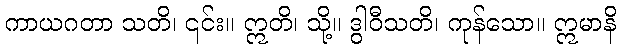
ကာယဂတာ သတိ၊ ၎င်း။ ဣတိ၊ သို့။ ဒွါဝီသတိ၊ ကုန်သော။ ဣမာနိ